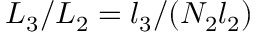
L _ { 3 } / L _ { 2 } = l _ { 3 } / ( N _ { 2 } l _ { 2 } )